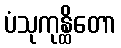
ပံသုကုန္ထိတော